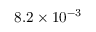
8 . 2 \times 1 0 ^ { - 3 }